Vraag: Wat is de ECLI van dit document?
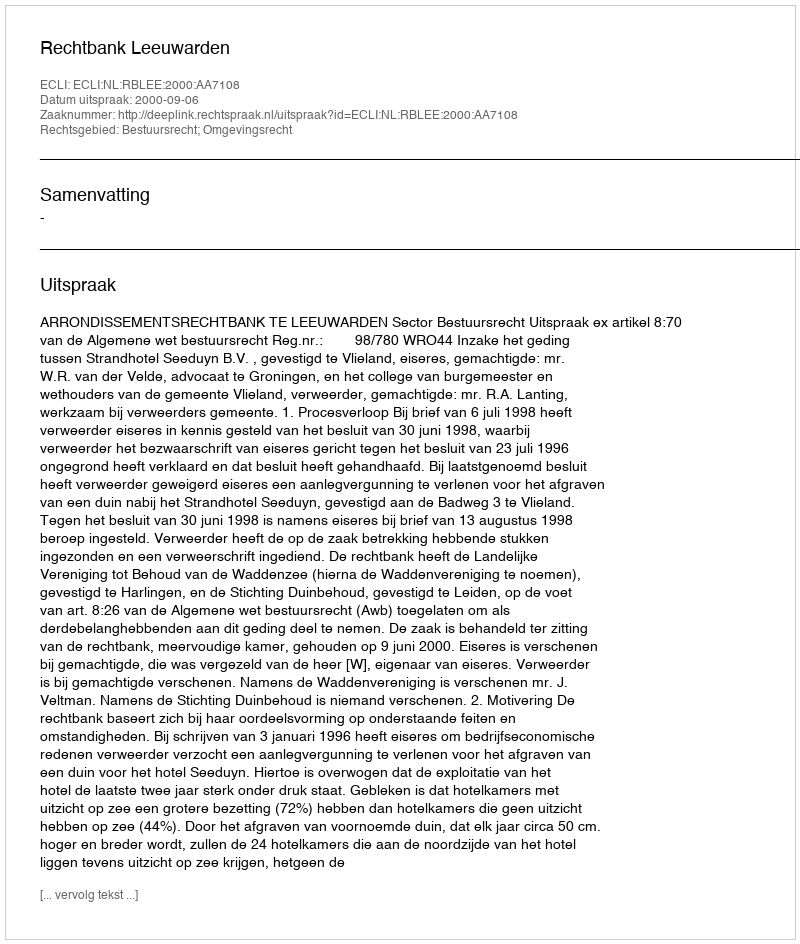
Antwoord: ECLI:NL:RBLEE:2000:AA7108